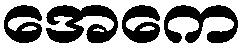
အေကေ